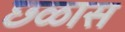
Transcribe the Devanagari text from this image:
छळास